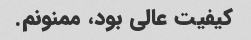
کیفیت عالی بود، ممنونم.